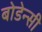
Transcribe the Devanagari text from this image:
बोडेन्सी